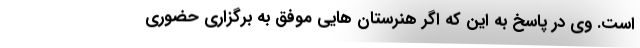
است. وی در پاسخ به این که اگر هنرستان هایی موفق به برگزاری حضوری